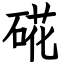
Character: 硴